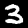
Digit: 3